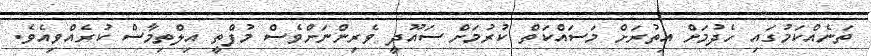
ތަނެއްކަމުގައި ހެދުމަށް އިތުުރަށް މަސައްކަތް ކުރުމަށް ސައޫދީ ވެރިންނަށްވެސް މުފްތީ އިލްތިމާސް ކުރެއްވިއެވެ.